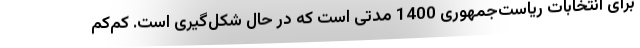
برای انتخابات ریاست‌جمهوری 1400 مدتی است که در حال شکل‌گیری است. کم‌کم